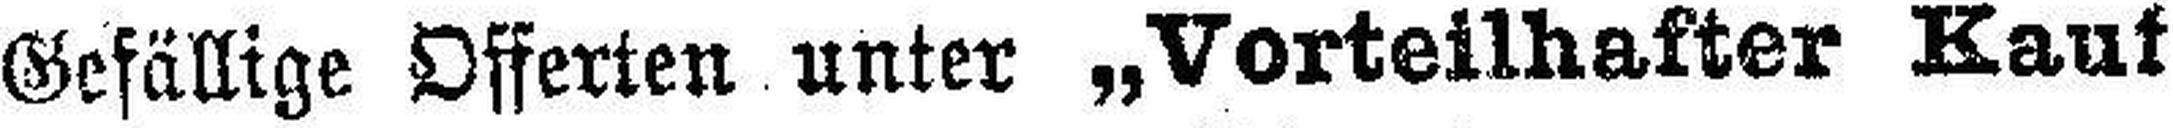
Gefällige Offerten unter „Vorteilhafter Kauf